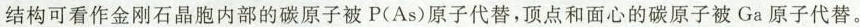
结构可看作金刚石晶胞内部的碳原子被P(As)原子代替，顶点和面心的碳原子被Ga原子代替。